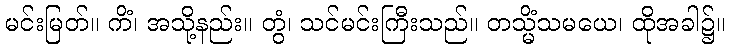
မင်းမြတ်။ ကိံ၊ အသို့နည်း။ တွံ၊ သင်မင်းကြီးသည်။ တသ္မိံသမယေ၊ ထိုအခါ၌။